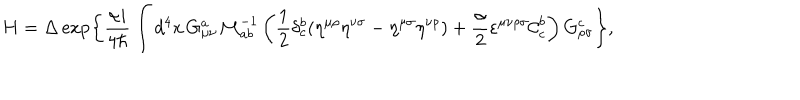
LaTeX: H = \Delta \exp \left\{ \frac { \alpha i } { 4 \hbar } \int d ^ { 4 } x \, G _ { \mu \nu } ^ { a } { \cal M } _ { a b } ^ { - 1 } \left( \frac { 1 } { 2 } \delta _ { c } ^ { b } ( \eta ^ { \mu \rho } \eta ^ { \nu \sigma } - \eta ^ { \mu \sigma } \eta ^ { \nu \rho } ) + \frac { \alpha } { 2 } \varepsilon ^ { \mu \nu \rho \sigma } { \cal C } _ { c } ^ { b } \right) G _ { \rho \sigma } ^ { c } \right\} ,